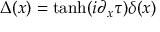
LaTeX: \Delta ( x ) = \operatorname { t a n h } ( i \partial _ { x } \tau ) \delta ( x )